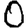
Digit: 0